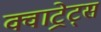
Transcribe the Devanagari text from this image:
क्वाट्रेट्स